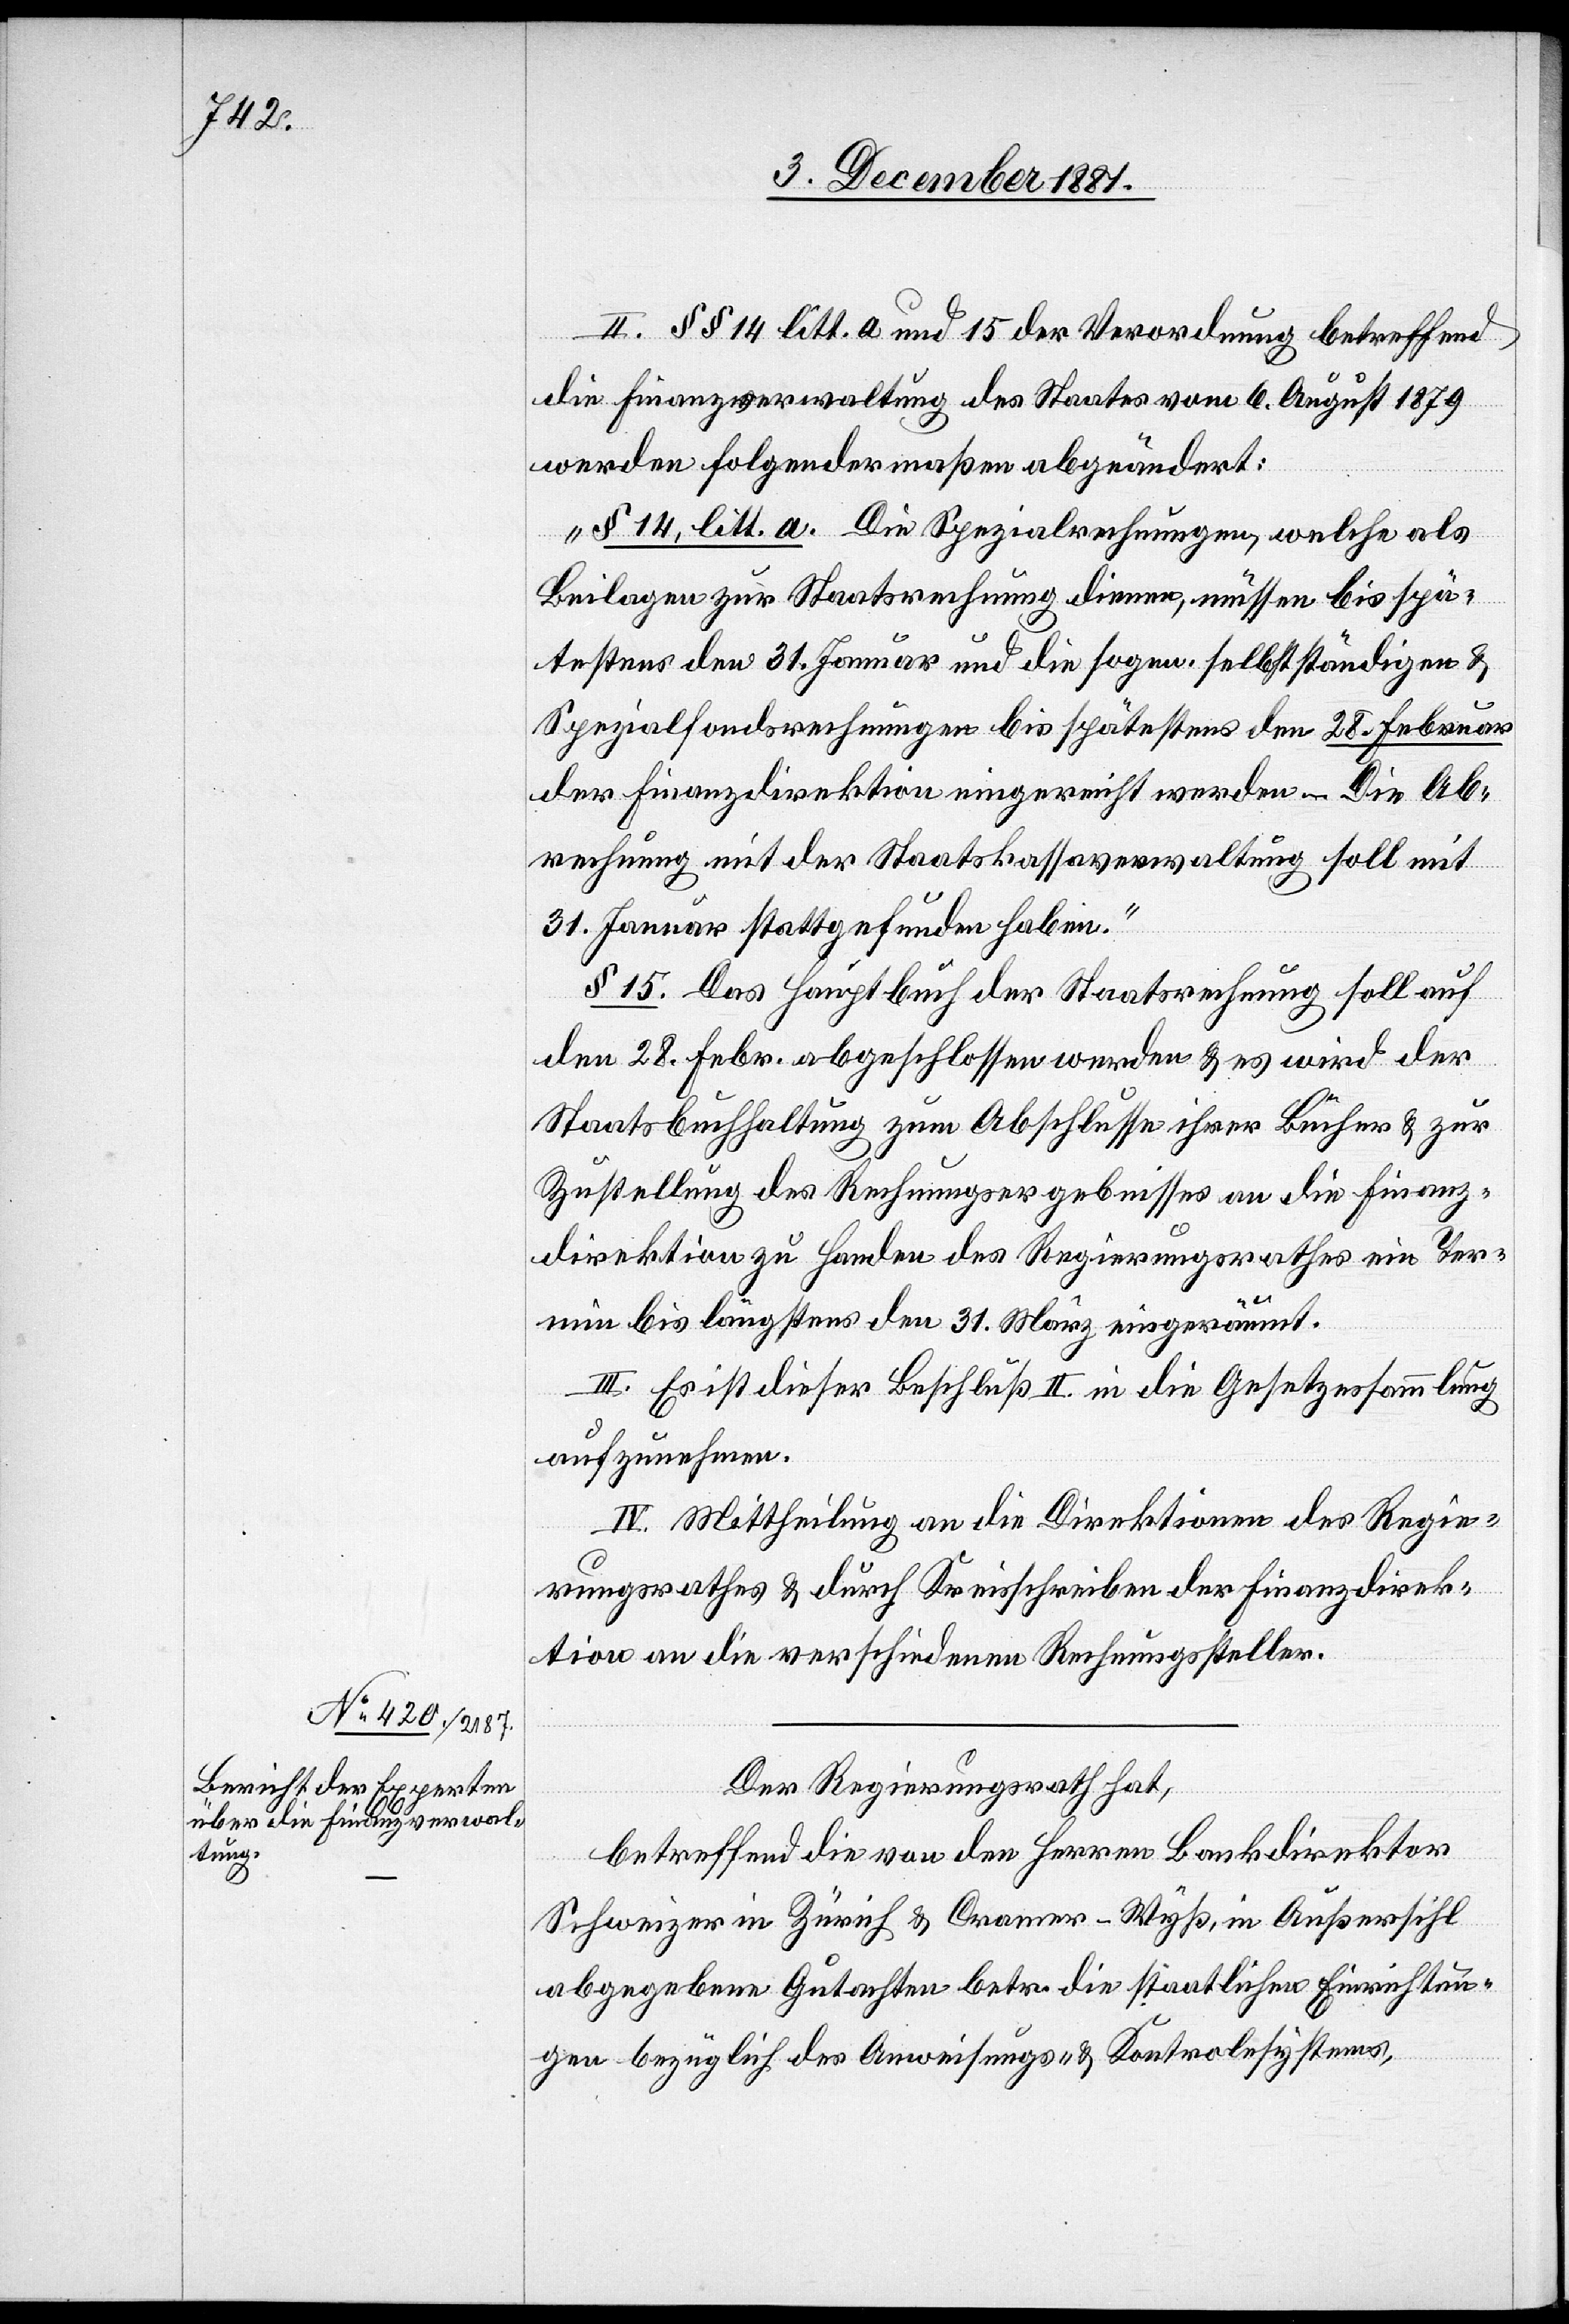
II. §§ 14 litt. a und 15 der Verordnung betreffend
die Finanzverwaltung des Staates vom 6. August 1879
werden folgendermaßen abgeändert:
„§ 14, litt. a. Die Spezialrechnungen, welche als
Beilagen zur Staatsrechnung dienen, müssen bis spä¬
testens den 31. Januar und die sogen. selbstständigen &
Spezialfondsrechnungen bis spätestens den 28. Februar
der Finanzdirektion eingereicht werden. – Die Ab¬
rechnung mit der Staatskassaverwaltung soll mit
31. Januar stattgefunden haben.“
§ 15. Das Hauptbuch der Staatsrechnung soll auf
den 28. Febr. abgeschlossen werden & es wird der
Staatsbuchhaltung zum Abschlusse ihrer Bücher & zur
Zustellung des Rechnungsergebnisses an die Finanz¬
direktion zu Handen des Regierungsrathes ein Ter¬
min bis längstens den 31. März eingeräumt.
III. Es ist dieser Beschluß II. in die Gesetzessammlung
aufzunehmen.
IV. Mittheilung an die Direktionen des Regie¬
rungsrathes & durch Kreisschreiben der Finanzdirek¬
tion an die verschiedenen Rechnungssteller.
Der Regierungsrath hat,
betreffend die von den Herren Bankdirektor
Schweizer in Zürich & Cramer-Wyß, in Außersihl
abgegebene Gutachten betr. die staatlichen Einrichtun¬
gen bezüglich des Anweisungs- & Kontrolesystems,